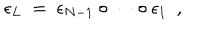
\epsilon _ { L } \ = \ \epsilon _ { N - 1 } \circ \cdots \circ \epsilon _ { 1 } \ \ ,